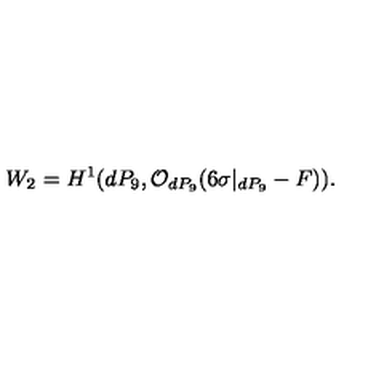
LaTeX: W _ { 2 } = H ^ { 1 } ( d P _ { 9 } , { \cal O } _ { d P _ { 9 } } ( 6 \sigma | _ { d P _ { 9 } } - F ) ) .